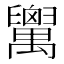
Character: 𦦷